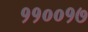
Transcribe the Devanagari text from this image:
११००१७